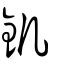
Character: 釠